Report on vaccination in Madras 1895-1903 - 1895-1903
Year: 1895
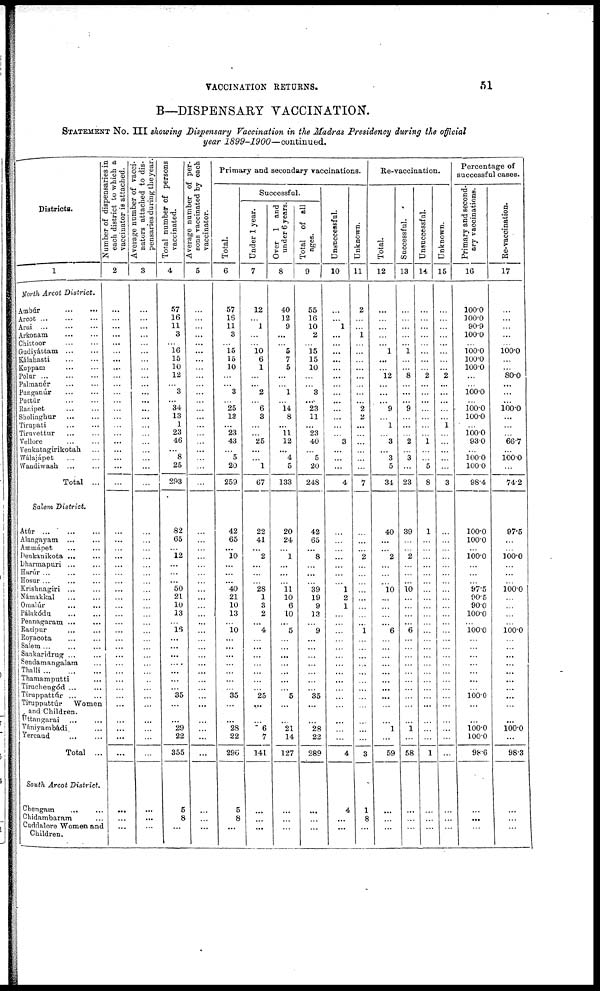
VACCINATION RETURNS.
51
B—DISPENSARY VACCINATION.
STATEMENT NO. III showing Dispensary Vaccination in the Madras Presidency during the official
year
1899-1900—continued.
Districts.
1
North Arcot District.
Ambúr
...
...
Arcot
...
...
...
Arui
...
...
...
Arkonam ... ...
Chittoor ... ...
Gudiyáttam
...
...
Kálahasti
...
...
Kuppam
...
...
Polar ... ... ...
Palmanér
...
...
Punganúr ... ...
Pnctúr
...
...
Ranipet ... ...
Sholinghur
...
...
Tirupati ... ...
Tiruvettur
...
...
Vellore ... ...
Venkatagirikotah ...
Wálajápet
...
...
Wandiwash ... ...
Total ...
Salem District.
Atúr
...
...
...
Alangayam. ... ...
Ammápet ... ...
Denkanikota ... ...
Dharmapuri ... ...
Harúr ...
Hosur ... ... ...
Krishnagiri ... ...
Námakkal ... ...
Omalúr
...
...
Pálakódu
...
...
Pennagaram ... ...
Razipur ... ...
Royacota ... ...
Salem ... ... ...
Sankaridrug ... ...
Sendamangalam ...
Thalli
...
...
...
Thamamputti ...
Tirucheugód
...
...
Tiruppattúr ... ...
Tiruppattúr Women
and Children.
Útangarai
...
...
Vániyambádi. ...
Yercaud ... ...
Total ..
South Arcot District.
Chengam
...
...
Chidambaram ...
Cuddalore Women and
Children.
Number of dispensaries in
each district to which a
vaccinator is attached.
2
...
...
...
...
...
...
...
...
...
...
...
...
...
...
...
...
...
...
...
...
...
...
...
...
...
...
...
...
...
...
...
...
...
...
...
...
...
...
...
...
...
...
...
...
...
...
...
...
...
...
Average number of vacci-
nators attached to dis-
pensaries during the year.
3
...
...
...
...
...
...
...
...
...
...
...
...
...
...
...
...
...
...
...
...
...
...
...
...
...
...
...
...
...
...
...
...
...
...
...
...
...
...
...
...
...
...
...
...
...
...
...
...
...
...
Total number of persons
vaccinated.
4
57
16
11
3
...
16
15
10
12
...
3
...
34
13
1
23
46
...
8
25
293
82
65
...
12
...
...
...
50
21
10
13
...
16
...
...
...
....
...
...
...
35
...
...
26 22
355
5
8
...
Average number of per-
sons vaccinated by each
vaccinator.
5
...
...
...
...
...
...
...
...
...
...
...
...
...
...
...
...
...
...
...
...
...
...
...
...
...
...
...
...
...
...
...
...
...
...
...
...
...
...
...
...
...
...
...
...
...
...
...
...
...
...
Primary and secondary vaccinations.
Total.
6
57
16
11
3
...
15
15
10
...
...
3
...
25
13
...
23
43
...
5
20
259
42
65
...
10
...
...
...
40
21
10
13
...
10
...
...
...
...
...
...
...
35
...
...
28
22
296
5
8
...
Successfu1.
Under 1 year.
7
12
...
1
...
...
10
6
1
...
...
2
...
6
3
...
...
25
...
...
1
67
22
41
...
2
...
...
...
28
1
3
2
...
4
...
...
...
...
...
...
...
25
...
...
6 7
141
...
...
...
Over 1 and
under 6 years.
8
40
12
9
...
...
5
7
5
...
...
1
...
14
8
...
11
12
...
4
5
133
20
24
...
1
...
...
...
11
10
6
10
...
5
...
...
...
...
...
...
...
5
...
...
21
14
127
...
...
...
Total of all
ages.
9
55
16
10
2
...
15
15
10
...
...
3
...
23
11
...
23
40
...
5
20
248
42
65
...
8
...
...
...
39
19
9
13
...
9
...
...
...
...
...
...
...
35
...
...
28
22
289
...
...
...
Unsuccessful.
10
...
...
1
...
...
...
...
...
...
...
...
...
...
...
...
...
3
...
...
...
4
...
...
...
...
...
...
...
1
2
1
...
...
...
...
...
...
...
...
...
...
...
...
...
...
...
4
4
...
...
Unknown.
11
2
...
...
1
...
...
...
...
...
...
...
...
2
2
...
...
...
...
...
...
7
...
...
...
2
...
...
...
...
...
...
...
...
1
...
...
...
...
...
...
...
...
...
...
...
...
3
1
8
...
Re-vaccination.
Total.
12
...
...
...
...
...
1
...
...
12
...
...
...
9
...
1
...
3
...
3
5
34
40
...
...
2
...
...
...
10
...
...
...
...
6
...
...
...
...
...
...
...
...
...
...
1
...
59
...
...
...
Successful.
13
...
...
...
...
...
1
...
...
8
...
...
...
9
...
...
...
2
...
3
...
23
39
...
...
2
...
...
...
10
...
...
...
...
6
...
...
...
...
...
...
...
...
...
...
1
...
58
...
...
...
Unsuccessful.
14
...
...
...
...
...
...
...
...
2
...
...
...
...
...
...
...
1
...
...
5
8
1
...
...
...
...
...
...
...
...
...
...
...
...
...
...
...
...
...
...
...
...
...
...
...
...
1
...
...
...
Unknown.
15
...
...
...
...
...
...
...
...
2
...
...
...
...
...
1
...
...
...
...
...
3
...
...
...
...
...
...
...
...
...
...
...
...
...
...
...
...
...
...
...
...
...
...
...
...
...
...
...
...
...
Percentage of
successful cases.
Primary and second¬
ary
vaccinations.
16
100.0
100.0
90.9
100.0
...
100.0
100.0
100.0
...
...
100.0
...
100.0
100.0
...
160.0
93.0
...
100.0
100.0
98.4
100.0
100.0
...
100.0
...
...
...
97.5
90.5
90.0
100.0
...
100.0
...
...
...
...
...
...
...
100.0
...
...
100.0
100.0
98.6
...
...
...
Re-vaccination.
17
...
...
...
...
...
100.0
...
...
80.0
...
...
...
100.0
...
...
...
66.7
...
100.0
...
74.2
97.5
...
...
100.0
...
...
...
100.0
...
...
...
...
100.0
...
...
...
...
...
...
...
...
...
...
100.0
...
98.3
...
...
...